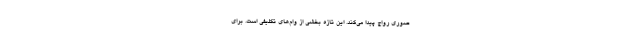
صوری رواج پیدا می‌کند. این تازه بخشی از وام‌های تکلیفی است. برای